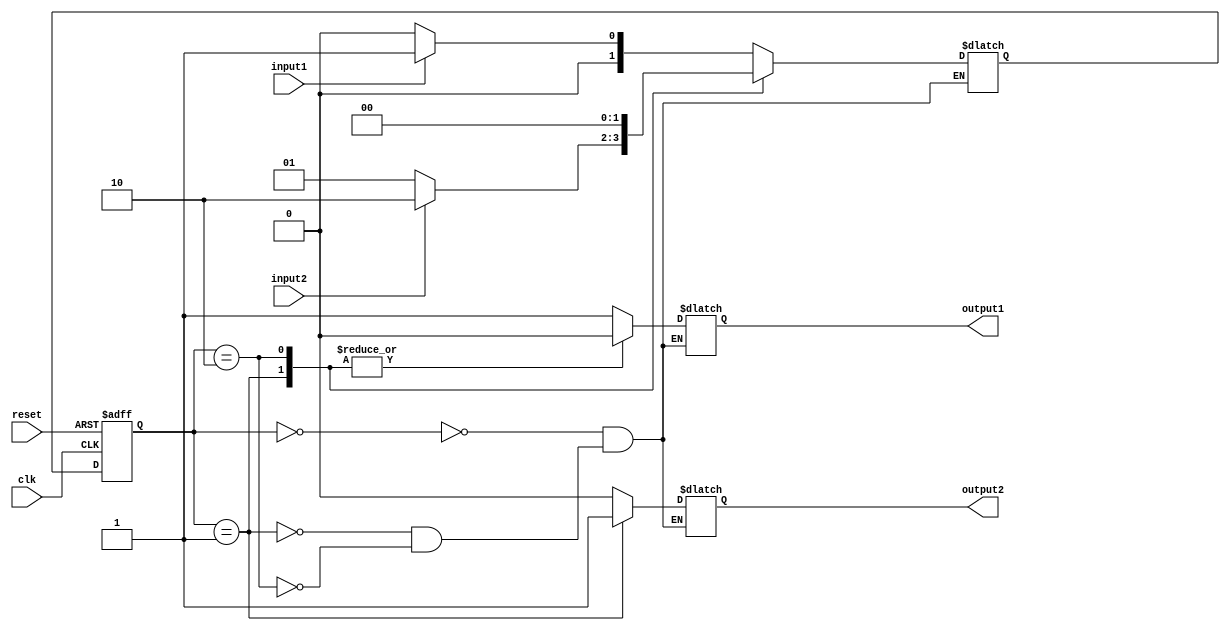
module moore_state_machine (
    input wire clk,
    input wire reset,
    input wire input1,
    input wire input2,
    output reg output1,
    output reg output2
    );

    // Define states
    parameter S0 = 2'b00;
    parameter S1 = 2'b01;
    parameter S2 = 2'b10;

    // Define state register
    reg [1:0] state_reg, next_state;

    always @ (posedge clk or posedge reset) begin
        if (reset) begin
            state_reg <= S0;
        end else begin
            state_reg <= next_state;
        end
    end

    // State transitions and outputs
    always @ (*) begin
        case (state_reg)
            S0: begin
                if (input1) begin
                    next_state = S1;
                end else begin
                    next_state = S0;
                end
                output1 = 1'b1;
                output2 = 1'b0;
            end
            S1: begin
                if (input2) begin
                    next_state = S2;
                end else begin
                    next_state = S1;
                end
                output1 = 1'b0;
                output2 = 1'b1;
            end
            S2: begin
                next_state = S0;
                output1 = 1'b0;
                output2 = 1'b0;
            end
        endcase
    end

endmodule